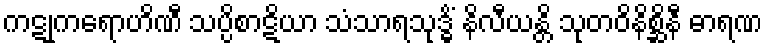
ကဋုကရောဟိဏီ သပ္ပိစာဋိယာ သံသာရသုဒ္ဓိံ နိလီယန္တိ သုတဝိနိစ္ဆိနီ ဓာရဏ